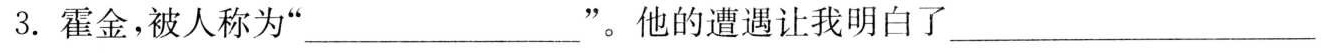
3.霍金，被人称为”___”。他的遭遇让我明白了___